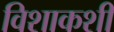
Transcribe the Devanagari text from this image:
विशाकशी